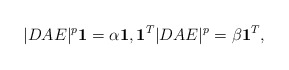
\begin{align*}|DAE|^p\mathbf{1} = \alpha \mathbf{1}, \mathbf{1}^T|DAE|^p = \beta\mathbf{1}^T,\end{align*}